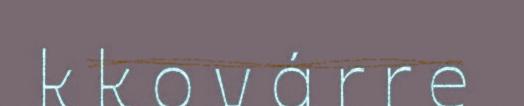
k k o v á r r e